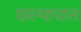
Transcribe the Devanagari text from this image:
शल्याघात